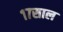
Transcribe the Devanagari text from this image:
१७साल